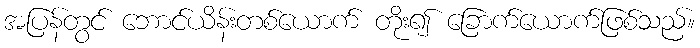
အပြန်တွင် ဘောင်ယိန်းတစ်ယောက် တိုး၍ ခြောက်ယောက်ဖြစ်သည်။